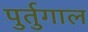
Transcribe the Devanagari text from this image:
पुर्तुगाल